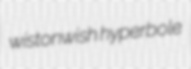
wistonwish hyperbole